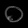
Digit: ၀